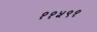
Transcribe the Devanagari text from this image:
११५९१